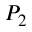
P _ { 2 }